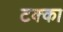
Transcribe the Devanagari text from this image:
टक्‍का